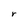
Character: r